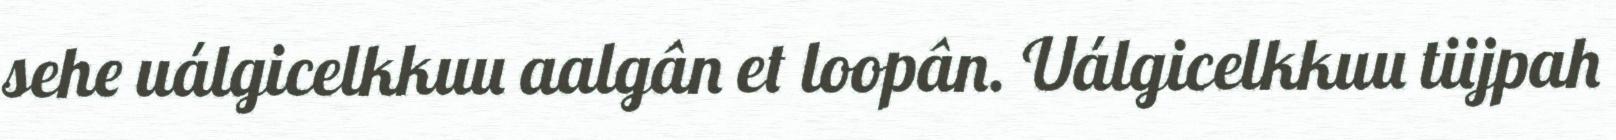
sehe uálgicelkkuu aalgân et loopân. Uálgicelkkuu tiijpah